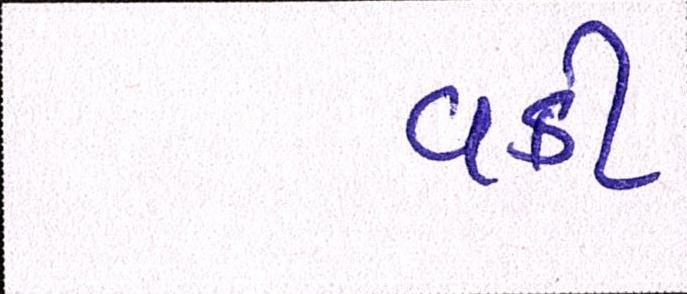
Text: વકી